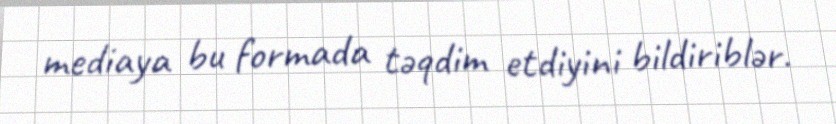
mediaya bu formada təqdim etdiyini bildiriblər.